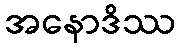
အနောဒိဿ